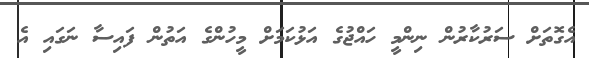
އެގޮތަށް ސަރުކާރުން ނިންމީ ހައްޖުގެ އަޅުކަމަށް މީހުންގެ އަތުން ފައިސާ ނަގައި އެ